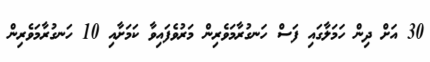
30 އަށް ދިން ހަމަލާގައި ފަސް ހަނގުރާމަވެރިން މަރުވެފައިވާ ކަމަށާއި 10 ހަނގުރާމަވެރިން